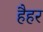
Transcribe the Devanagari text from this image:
हैहर